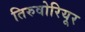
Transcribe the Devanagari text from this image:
तिरुवोरियूर